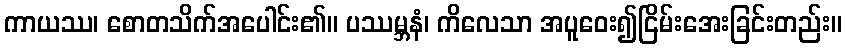
ကာယဿ၊ စောတသိက်အပေါင်း၏။ ပဿမ္ဘနံ၊ ကိလေသာ အပူဝေး၍ငြိမ်းအေးခြင်းတည်း။